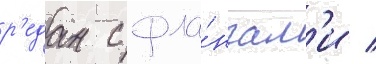
р'едан с фла́нгам'и /